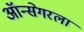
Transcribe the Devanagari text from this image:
ऑन्सेगरला